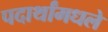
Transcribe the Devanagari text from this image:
पदार्थांमधले